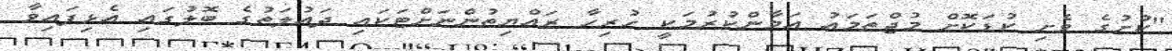
"ކުށުގެ ވެށި ކުޑަކޮށް މުޖްތަމައު އަމާންކުރުމަކީ ހުރިހާ ރައްޔިތުންނަށްޓަކައި ދައުލަތުގެ ބޮލުގައި އެޅިފައިވާ